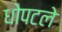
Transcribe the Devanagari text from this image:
धोपटले